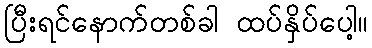
ပြီးရင်နောက်တစ်ခါ ထပ်နှိပ်ပေါ့။